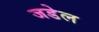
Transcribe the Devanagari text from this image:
जडेल